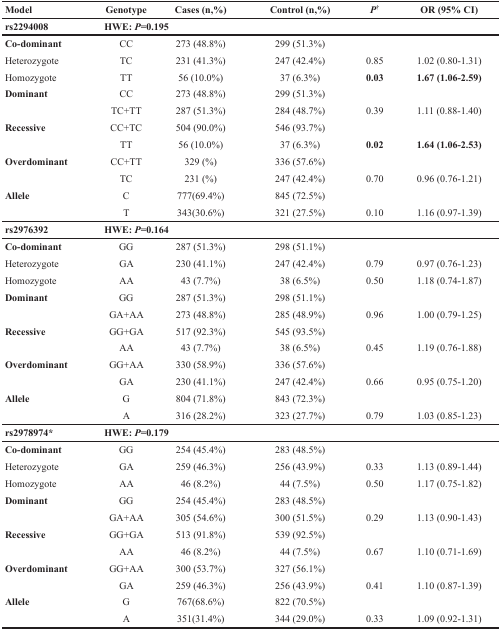
<table><thead><tr><td><b>Model</b></td><td><b>Genotype</b></td><td><b>Cases (n,%)</b></td><td><b>Control (n,%)</b></td><td><b><i>P</i><sup>†</sup></b></td><td><b>OR (95% CI)</b></td></tr></thead><tbody><tr><td><b>rs2294008</b></td><td colspan="5"><b>HWE: <i>P</i>=0.195</b></td></tr><tr><td><b>Co-dominant</b></td><td>CC</td><td>273 (48.8%)</td><td>299 (51.3%)</td><td></td><td></td></tr><tr><td>Heterozygote</td><td>TC</td><td>231 (41.3%)</td><td>247 (42.4%)</td><td>0.85</td><td>1.02 (0.80-1.31)</td></tr><tr><td>Homozygote</td><td>TT</td><td>56 (10.0%)</td><td>37 (6.3%)</td><td><b>0.03</b></td><td><b>1.67 (1.06-2.59)</b></td></tr><tr><td><b>Dominant</b></td><td>CC</td><td>273 (48.8%)</td><td>299 (51.3%)</td><td></td><td></td></tr><tr><td></td><td>TC+TT</td><td>287 (51.3%)</td><td>284 (48.7%)</td><td>0.39</td><td>1.11 (0.88-1.40)</td></tr><tr><td><b>Recessive</b></td><td>CC+TC</td><td>504 (90.0%)</td><td>546 (93.7%)</td><td></td><td></td></tr><tr><td></td><td>TT</td><td>56 (10.0%)</td><td>37 (6.3%)</td><td><b>0.02</b></td><td><b>1.64 (1.06-2.53)</b></td></tr><tr><td><b>Overdominant</b></td><td>CC+TT</td><td>329 (%)</td><td>336 (57.6%)</td><td></td><td></td></tr><tr><td></td><td>TC</td><td>231 (%)</td><td>247 (42.4%)</td><td>0.70</td><td>0.96 (0.76-1.21)</td></tr><tr><td><b>Allele</b></td><td>C</td><td>777(69.4%)</td><td>845 (72.5%)</td><td></td><td></td></tr><tr><td></td><td>T</td><td>343(30.6%)</td><td>321 (27.5%)</td><td>0.10</td><td>1.16 (0.97-1.39)</td></tr><tr><td><b>rs2976392</b></td><td colspan="5"><b>HWE: <i>P</i>=0.164</b></td></tr><tr><td><b>Co-dominant</b></td><td>GG</td><td>287 (51.3%)</td><td>298 (51.1%)</td><td></td><td></td></tr><tr><td>Heterozygote</td><td>GA</td><td>230 (41.1%)</td><td>247 (42.4%)</td><td>0.79</td><td>0.97 (0.76-1.23)</td></tr><tr><td>Homozygote</td><td>AA</td><td>43 (7.7%)</td><td>38 (6.5%)</td><td>0.50</td><td>1.18 (0.74-1.87)</td></tr><tr><td><b>Dominant</b></td><td>GG</td><td>287 (51.3%)</td><td>298 (51.1%)</td><td></td><td></td></tr><tr><td></td><td>GA+AA</td><td>273 (48.8%)</td><td>285 (48.9%)</td><td>0.96</td><td>1.00 (0.79-1.25)</td></tr><tr><td><b>Recessive</b></td><td>GG+GA</td><td>517 (92.3%)</td><td>545 (93.5%)</td><td></td><td></td></tr><tr><td></td><td>AA</td><td>43 (7.7%)</td><td>38 (6.5%)</td><td>0.45</td><td>1.19 (0.76-1.88)</td></tr><tr><td><b>Overdominant</b></td><td>GG+AA</td><td>330 (58.9%)</td><td>336 (57.6%)</td><td></td><td></td></tr><tr><td></td><td>GA</td><td>230 (41.1%)</td><td>247 (42.4%)</td><td>0.66</td><td>0.95 (0.75-1.20)</td></tr><tr><td><b>Allele</b></td><td>G</td><td>804 (71.8%)</td><td>843 (72.3%)</td><td></td><td></td></tr><tr><td></td><td>A</td><td>316 (28.2%)</td><td>323 (27.7%)</td><td>0.79</td><td>1.03 (0.85-1.23)</td></tr><tr><td><b>rs2978974*</b></td><td colspan="5"><b>HWE: <i>P</i>=0.179</b></td></tr><tr><td><b>Co-dominant</b></td><td>GG</td><td>254 (45.4%)</td><td>283 (48.5%)</td><td></td><td></td></tr><tr><td>Heterozygote</td><td>GA</td><td>259 (46.3%)</td><td>256 (43.9%)</td><td>0.33</td><td>1.13 (0.89-1.44)</td></tr><tr><td>Homozygote</td><td>AA</td><td>46 (8.2%)</td><td>44 (7.5%)</td><td>0.50</td><td>1.17 (0.75-1.82)</td></tr><tr><td><b>Dominant</b></td><td>GG</td><td>254 (45.4%)</td><td>283 (48.5%)</td><td></td><td></td></tr><tr><td></td><td>GA+AA</td><td>305 (54.6%)</td><td>300 (51.5%)</td><td>0.29</td><td>1.13 (0.90-1.43)</td></tr><tr><td><b>Recessive</b></td><td>GG+GA</td><td>513 (91.8%)</td><td>539 (92.5%)</td><td></td><td></td></tr><tr><td></td><td>AA</td><td>46 (8.2%)</td><td>44 (7.5%)</td><td>0.67</td><td>1.10 (0.71-1.69)</td></tr><tr><td><b>Overdominant</b></td><td>GG+AA</td><td>300 (53.7%)</td><td>327 (56.1%)</td><td></td><td></td></tr><tr><td></td><td>GA</td><td>259 (46.3%)</td><td>256 (43.9%)</td><td>0.41</td><td>1.10 (0.87-1.39)</td></tr><tr><td><b>Allele</b></td><td>G</td><td>767(68.6%)</td><td>822 (70.5%)</td><td></td><td></td></tr><tr><td></td><td>A</td><td>351(31.4%)</td><td>344 (29.0%)</td><td>0.33</td><td>1.09 (0.92-1.31)</td></tr></tbody></table>